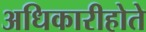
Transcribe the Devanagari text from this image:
अधिकारीहोते